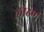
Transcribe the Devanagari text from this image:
लोढणं